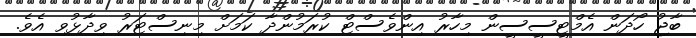
ބާޖު ހޯދަން އެމްޓީސީސީން މިހާރު އިންވެސްޓް ކުރަމުންދާ ކަމަށް މިނިސްޓަރު ވިދާޅުވި އެވެ.